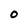
Character: O